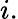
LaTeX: i.